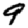
Digit: 9